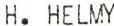
H.HELMY